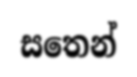
සතෙන්